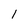
Character: l